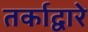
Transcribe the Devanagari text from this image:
तर्काद्वारे